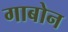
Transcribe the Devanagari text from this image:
गाबोन